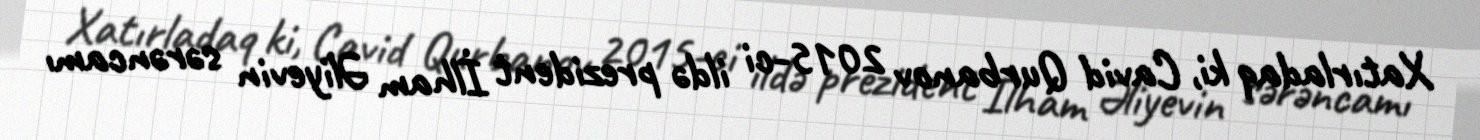
Xatırladaq ki, Cavid Qurbanov 2015-ci ildə prezident İlham Əliyevin sərəncamı